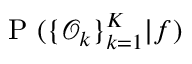
\mathrm { ~ P ~ } ( \{ \mathcal { O } _ { k } \} _ { k = 1 } ^ { K } | f )